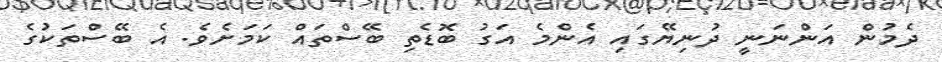
ދެމުން އަންނަނީ ދުނިޔޭގައި އެންމެ އަގު ބޮޑެތި ބޭސްތައް ކަމަށެވެ. އެ ބޭސްތަކުގެ